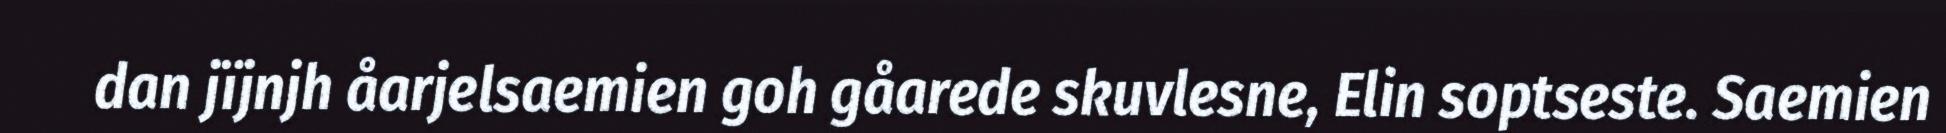
dan jïjnjh åarjelsaemien goh gåarede skuvlesne, Elin soptseste. Saemien